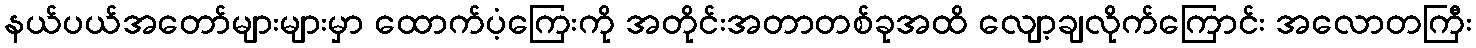
နယ်ပယ်အတော်များများမှာ ထောက်ပံ့ကြေးကို အတိုင်းအတာတစ်ခုအထိ လျော့ချလိုက်ကြောင်း အလောတကြီး